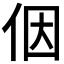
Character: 𪜶